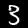
Digit: 3